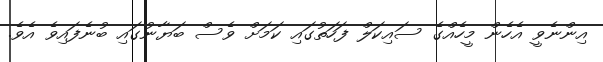
އިންނެވީ އެހެން މީހެއްގެ ސައިކަލް ފަހަތުގައި ކަމަށް ވެސް ބަޔާނުގައި ބުނެފައިވެ އެވެ.